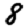
Digit: 8